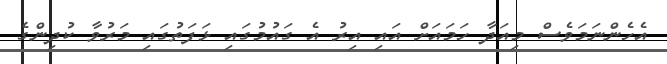
އެހެންނަމަވެސް މިއަދާ ހަމައަށް އައި އިރު އެ ގައުމުގައި ޅަފަތުގައި މަރުވާ ކުދިންގެ